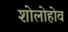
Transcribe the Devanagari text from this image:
शोलोहोव